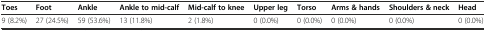
<table><thead><tr><td><b>Toes</b></td><td><b>Foot</b></td><td><b>Ankle</b></td><td><b>Ankle to mid-calf</b></td><td><b>Mid-calf to knee</b></td><td><b>Upper leg</b></td><td><b>Torso</b></td><td><b>Arms &amp; hands</b></td><td><b>Shoulders &amp; neck</b></td><td><b>Head</b></td></tr></thead><tbody><tr><td>9 (8.2%)</td><td>27 (24.5%)</td><td>59 (53.6%)</td><td>13 (11.8%)</td><td>2 (1.8%)</td><td>0 (0.0%)</td><td>0 (0.0%)</td><td>0 (0.0%)</td><td>0 (0.0%)</td><td>0 (0.0%)</td></tr></tbody></table>